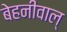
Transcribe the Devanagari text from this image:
बेहनीवाल्